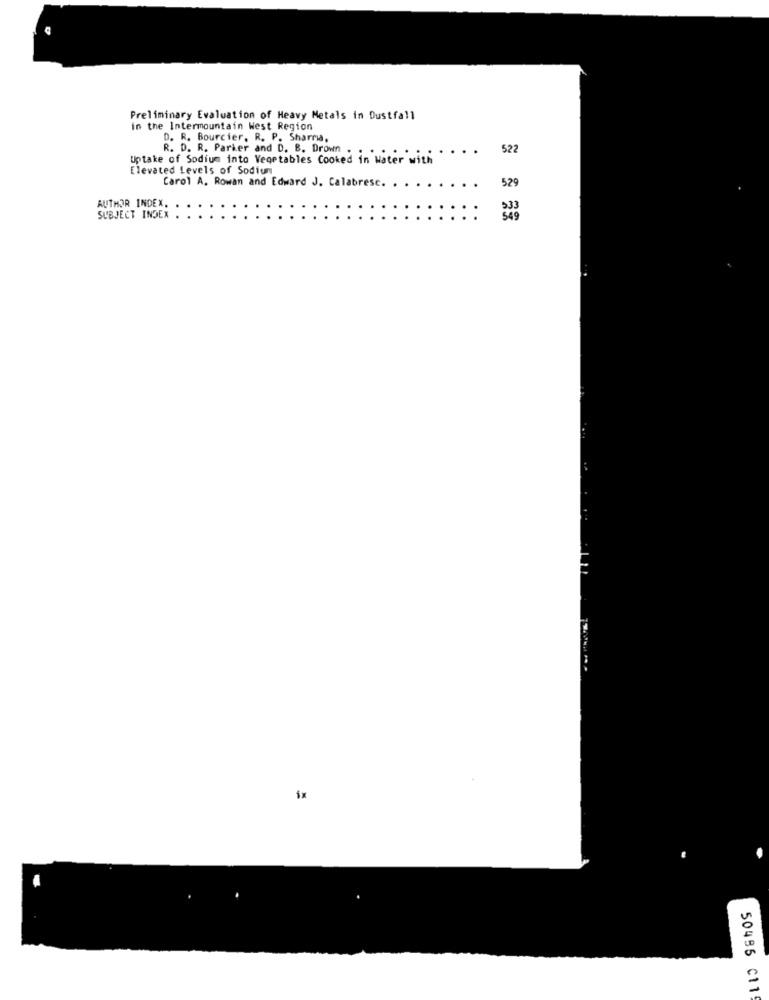
Preliminary Evaluation of Heavy Metals in Dustfall
in the Intermountain West Region
D. R. Bourcier, R. P. Sharma,
R. D. R. Parker and D. B. Drown .
..
522
Uptake of Sodium into Vegetables Cooked in Water with
Elevated Levels of Sodium
Carol A. Rowan and Edward J. Calabrese.
529
AUTHOR INDEX.
SUBJECT INDEX
50485 C119